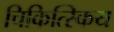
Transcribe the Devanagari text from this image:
चिकित्स्किय